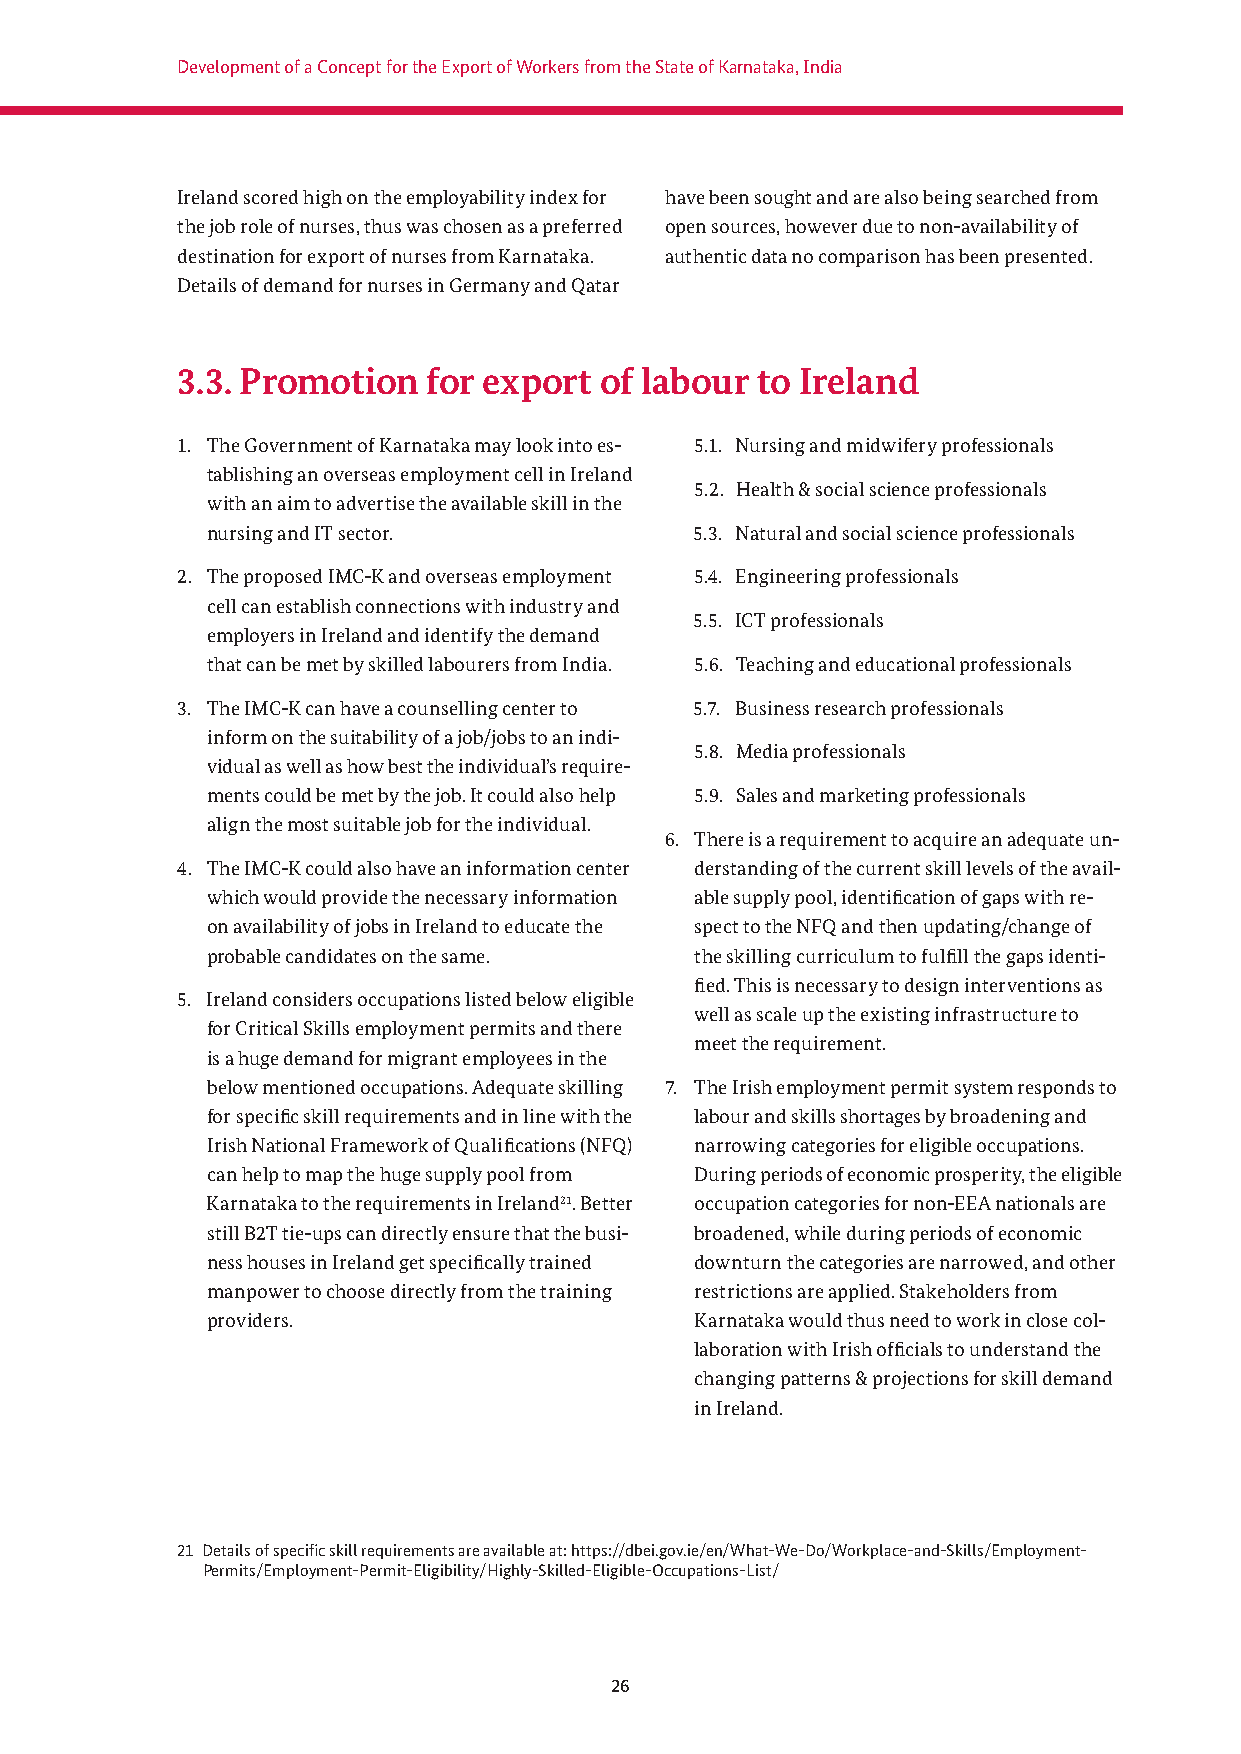
Development of a Concept for the Export of Workers from the State of Karnataka, India
 Ireland scored high on the employability index for have been sought and are also being searched from
 the job role of nurses, thus was chosen as a preferred open sources, however due to non-availability of
 destination for export of nurses from Karnataka. authentic data no comparison has been presented.
 Details of demand for nurses in Germany and Qatar
 3.3. Promotion  for export  of labour to Ireland
 1. The Government of Karnataka may look into es- 5.1. Nursing and midwifery professionals
 tablishing an overseas employment cell in Ireland
 5.2. Health & social science professionals
 with an aim to advertise the available skill in the
 nursing and IT sector.          5.3. Natural and social science professionals
 2. The proposed IMC-K and overseas employment 5.4. Engineering professionals
 cell can establish connections with industry and
 5.5. ICT professionals
 employers in Ireland and identify the demand
 that can be met by skilled labourers from India. 5.6. Teaching and educational professionals
 3. The IMC-K can have a counselling center to 5.7. Business research professionals
 inform on the suitability of a job/jobs to an indi-
 5.8. Media professionals
 vidual as well as how best the individual’s require-
 ments could be met by the job. It could also help 5.9. Sales and marketing professionals
 align the most suitable job for the individual.
 6. There is a requirement to acquire an adequate un-
 4. The IMC-K could also have an information center derstanding of the current skill levels of the avail-
 which would provide the necessary information able supply pool, identifi cation of gaps with re-
 on availability of jobs in Ireland to educate the spect to the NFQ and then updating/change of
 probable candidates on the same. the skilling curriculum to fulfi ll the gaps identi-
 fi ed. This is necessary to design interventions as
 5. Ireland considers occupations listed below eligible
 well as scale up the existing infrastructure to
 for Critical Skills employment permits and there
 meet the requirement.
 is a huge demand for migrant employees in the
 below mentioned occupations. Adequate skilling 7. The Irish employment permit system responds to
 for specifi c skill requirements and in line with the labour and skills shortages by broadening and
 Irish National Framework of Qualifi cations (NFQ) narrowing categories for eligible occupations.
 can help to map the huge supply pool from During periods of economic prosperity, the eligible
 Karnataka to the requirements in Ireland21. Better occupation categories for non-EEA nationals are
 still B2T tie-ups can directly ensure that the busi- broadened, while during periods of economic
 ness houses in Ireland get specifi cally trained downturn the categories are narrowed, and other
 manpower to choose directly from the training restrictions are applied. Stakeholders from
 providers.                      Karnataka would thus need to work in close col-
 laboration with Irish offi cials to understand the
 changing patterns & projections for skill demand
 in Ireland.
 21 Details of specifi c skill requirements are available at: https://dbei.gov.ie/en/What-We-Do/Workplace-and-Skills/Employment-
 Permits/Employment-Permit-Eligibility/Highly-Skilled-Eligible-Occupations-List/
 26